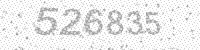
Solution: 526835